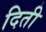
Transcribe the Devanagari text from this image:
दिती